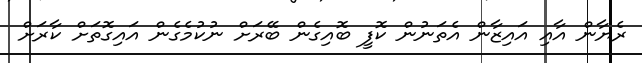
ރެޔާން އާއި އައިޒާން އެތަނުން ކޮފީ ބޮއިގެން ބޭރަށް ނުކުމެގެން އައިގޮތަށް ކާރަށް